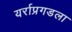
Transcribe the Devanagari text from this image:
यर्राप्रगडला